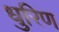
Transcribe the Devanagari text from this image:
धुरिण